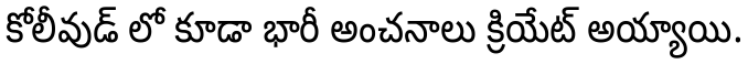
కోలీవుడ్ లో కూడా భారీ అంచనాలు క్రియేట్ అయ్యాయి.